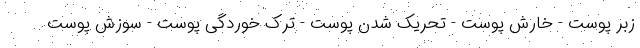
زبر پوست - خارش پوست - تحریک شدن پوست - ترک خوردگی پوست - سوزش پوست